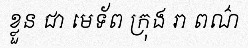
ខ្លួន ជា មេទ័ព ក្រុង រា ពណ៌